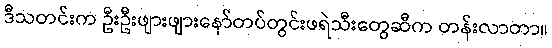
ဒီသတင်းက ဦးဦးဖျားဖျားနော်တပ်တွင်းဖရဲသီးတွေဆီက တန်းလာတာ။